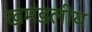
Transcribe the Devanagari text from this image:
खमंडलीय